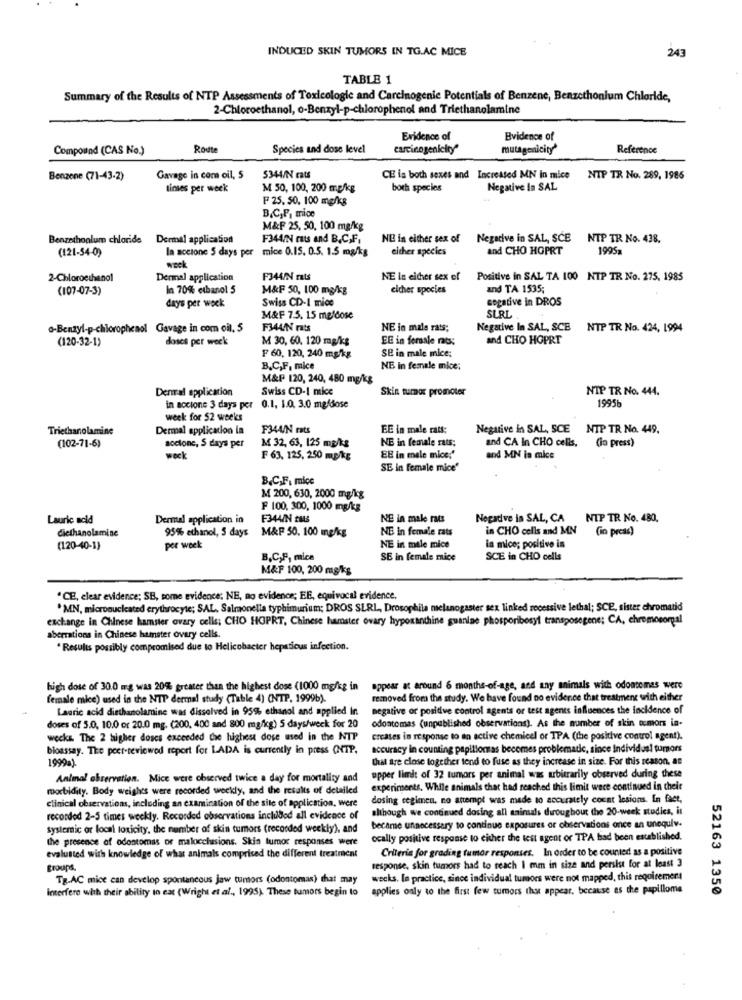
INDUCED SKIN TUMORS IN TG.AC MICE
243
TABLE 1
Summary of the Results of NTP Assessments of Toxicologie and Carcinogenic Potentials of Benzene, Benzcthonium Chloride,
2-Chloroethanol, o-Benzyl-p-chlorophenol and Triethanolamine
Evidence of
Evidence of
Compound (CAS No.)
Route
Species and doss level
carcinogenicity"
mutagenicity'
Reference
Benzene (71-43-2)
Gavage in com oil, 5
5344/N cats
CE is both sexes and Increased MN in mice
NIP TR No. 289, 1985
times per week
M 50, 100, 200 mg/kg
both species
Negative In SAL
F 25. 50, 100 mg/kg
B&C,F, mice
M&F 25, 50, 100 mg/kg
Benzethoolum chloride
Dermal application
F344/N rats and B.C.F.
NE in either sex of Negative in SAL, SCE NTP TR No. 438.
(121-54-0)
In soctone 5 days per mice 0.15. 0.5. 1.5 mg/kg
either species
and CHO HOPRT
1995a
week
2-Chloroethanol
Dermal application
F344/N rats
NE in either sex of Positive in SAL TA 100 NTP TR No. 275, 1985
(107-07-3)
In 70% ethanol 5
M&F 50, 100 mg/kg
elcher species
and TA 1535;
days per week
Swiss CD-1 mice
sogative in DROS
M&F 7.5. 15 meldose
SURL
o-Benzyl-p-chlorophenol Gavage in com oil. 5
F344/N rts
NE in male rats;
Negative In SAL, SCE
NTP TR No. 424, 1994
(120-32-1)
doses per week
M 30, 60. 120 mg/kg
EE in forsale rats:
and CHO HOPRT
SE in male mice;
F 60, 120, 240 mg/kg
B.C,F, mice
NE in female mice;
M&P 120, 240, 480 mg/kg
Denral application
Swiss CD-I mice
Skin turnos promoter
NIP TR No. 444.
1995
in socione 3 days per 0.1. 1.0. 3.0 mgfose
week for 52 weeks
Triethanolamine
Dermal application ia
F344/N rats
EE in male rats:
Negative in SAL, SCE
NTP TR No. 449.
NE in female rats;
and CA In CHO cells,
(in press)
(102-71-6)
accionc, S days per
M 32, 63, 125 mg/kg
weck
F 63, 125, 250 mg/kg
EE in male mice:"
and MN in mice
SE in female mice'
B.C.F. mice
M 200, 630, 2000 mg/kg
F 100, 300, 1000 mg/kg
Lauric acid
Dermal application in
F344/N 2446
NE in male rats
Negative is SAL, CA
NIP TR No. 480.
diethanolamine
95% ethanol, 5 days
M&P 50. 100 mg/kg
NB in female rats
in CHO cells and MN (in press)
In mice; positive is
(120-40-1)
per week
NE in male mice
B.C,F, mica
SE in female mice
SCE in CHO cells
M&F 100, 200 mg/kg
"CE, clear evidence; SB, some evidence; NE, no evidence; EE, equivocal evidence.
. MN, microoucleated erythrocyte; SAL, Salmonella typhimurium; DROS SLRL, Drosophila melanogaster sex linked recessive lethal; SCE, sister chromatid
exchange in Chinese hamster ovary cells; CHO HOPRT, Chinese hamster ovary hypoxanthine guanine phosporibosyl transposegene; CA, chromosomgal
aberrations in Chinese hamster ovary cells.
* Results possibly compromised due to Helicobacter hepsticus infection.
high dose of 30.0 mg was 20%% greater than the highest dose (1000 mg/kg in
appear at around 6 months-of-age, and any animals with odontomas were
female mice) used in the NTP dermal study (Table 4) (NTP. 1999b).
removed from the study. We have found no evidence that treatment with either
Lauric acid diethanolamine was dissolved in 95% ethanol and applied in
negative or positive control agents or test agents influences the incidence of
odontomas (unpublished observations). As the number of skin ccmors ia-
doses of 5.0, 10.0 or 20.0 mg. (200, 400 and 800 mg/kg) 5 days/weck for 20
wocks. The 2 higher doses exceeded the highest dose used in the NTP
creases in response to an active chemicel or TPA (the positive control agent).
bioassay. The peer-reviewed report for LADA is currently in press (NTP,
accuracy in counting papillomas becomes problematic, since Individuel tumors
1999).
Ural are close together tend to fuse as they increase in size. For this reason, as
Animal observation. Mice were observed twice a day for mortality and
upper limit of 32 tumors per animal was arbitrarily observed during these
morbidity. Body weights were recorded weekly, and the results of detailed
experiments, While animals that had reached this limit wece continued in their
clinical observations, including an examination of the site of application, were
dosing regimen. no attempt was made to accurately count lesions. In fact,
although we continued dosing all animals throughout the 20-week studies, it
recorded 2-5 times weekly. Recorded observations included all evidence of
Systemic or local toxicity, the number of skin tumors (recorded weekly), and
became unnecessary to continue exposures or observations once an unequiv.
the presence of odontomas or malocclusions. Skin tumor responses were
ocally positive response to either the test agent or TPA had been established.
Criteria for grading tumor responses. In order to be counted as a positive
evaluated with knowledge of what animals comprised the different treatment
groups.
response, skin tumors had to reach I mm in size and persist for at least 3
Tg.AC mice can develop spontaneous jaw tumors (odontomas) that may
weeks, In practice, since individual tumors were not mapped, this requirement
Interfere with their ability to eat (Wright et al ., 1995). These tumors begin to
applies only to the first few tumors that appear, because as the papilloma
52163 1350